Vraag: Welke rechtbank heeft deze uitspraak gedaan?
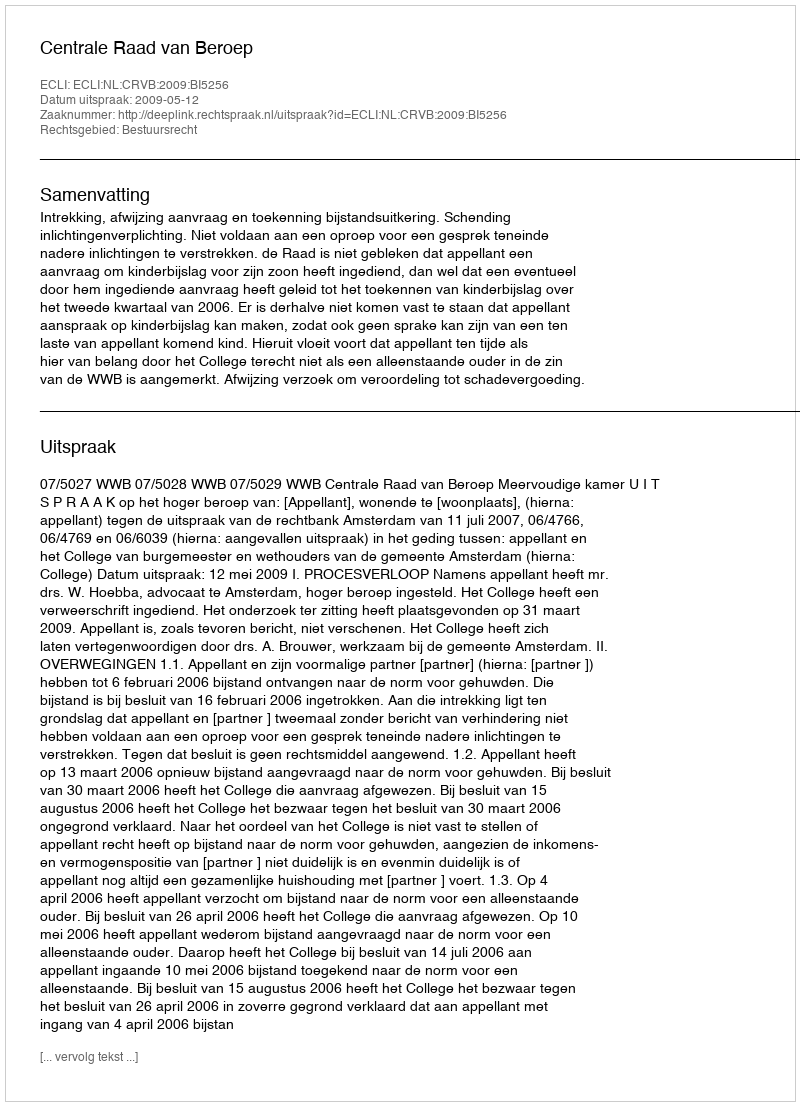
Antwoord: Centrale Raad van Beroep